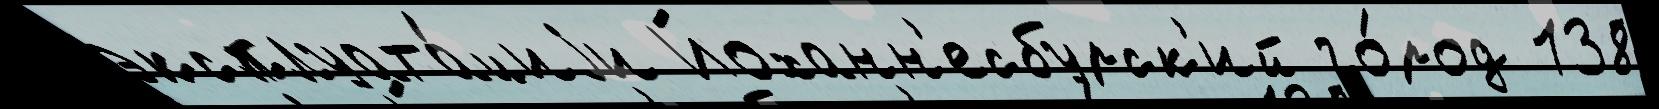
эксплуата́циjи Йоханн'есбурск'ий го́род 138